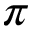
\boldsymbol { \pi }